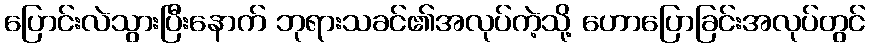
ပြောင်းလဲသွားပြီးနောက် ဘုရားသခင်၏အလုပ်ကဲ့သို့ ဟောပြောခြင်းအလုပ်တွင်